Document type: Community of property
Year: 1312
Scribe: Pere Amorós
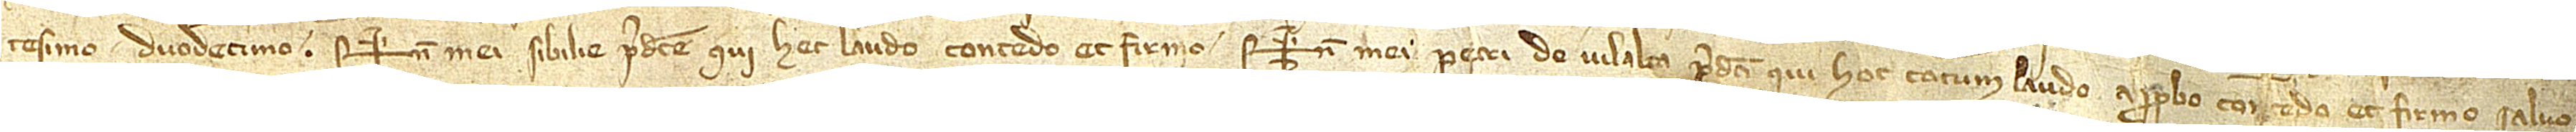
tesimo duodecimo. Sig+num mei Sibilie predicte, qui hec laudo, concedo et formo. Sig+num mei Petri de Vilalta predicti, qui hoc totum laudo, approbo, concedo et firmo, salvo